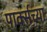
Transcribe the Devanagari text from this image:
पार्क्सच्या